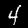
Digit: 4